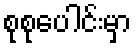
စုစုပေါင်းမှာ